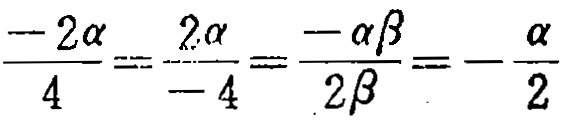
\(\frac{- 2\alpha}{4}=\frac{2\alpha}{- 4}=\frac{-\alpha\beta}{2\beta}=-\frac{\alpha}{2}\)